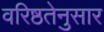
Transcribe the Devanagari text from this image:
वरिष्ठतेनुसार